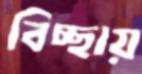
বিচ্ছায়